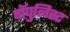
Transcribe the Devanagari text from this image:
पॉपुलिस्ट